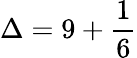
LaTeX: \Delta=9+{\frac{1}{6}}